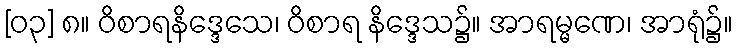
[၀၃] ၈။ ဝိစာရနိဒ္ဒေသေ၊ ဝိစာရ နိဒ္ဒေသ၌။ အာရမ္မဏေ၊ အာရုံ၌။